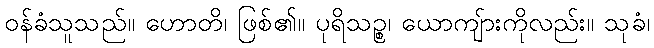
ဝန်ခံသူသည်။ ဟောတိ၊ ဖြစ်၏။ ပုရိသဉ္စ၊ ယောကျ်ားကိုလည်း။ သုခံ၊